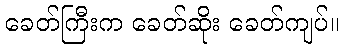
ခေတ်ကြီးက ခေတ်ဆိုး ခေတ်ကျပ်။